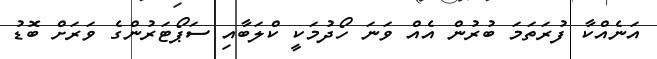
އަނެއްކާ ފުރަތަމަ ބުރުން އެއް ވަނަ ހޯދުމަކީ ކްލަބާއި ސަޕޯޓަރުންގެ ވަރަށް ބޮޑު